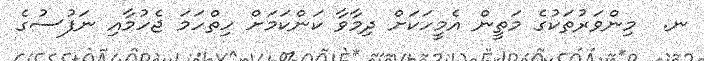
ނ.  މިންވަރުތަކުގެ މަތީން އެމީހަކަށް ދިމާވާ ކަންކަމަށް ހިތްހަމަ ޖެހުމާއި ނަފުސުގެ